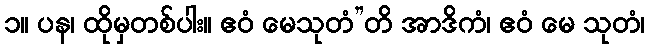
၁။ ပန၊ ထိုမှတစ်ပါး။ ဧဝံ မေသုတံ”တိ အာဒိကံ၊ ဧဝံ မေ သုတံ၊